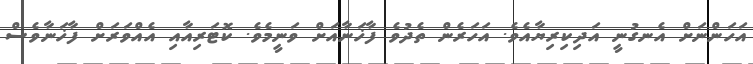
އަހަންނަށް އެނގުނީ އަދިކިރިޔާއެވެ. އަހަރެން ތެދުވެ ފާޚަނާއަށް ވަނީމެވެ. ކޮޓަރިއާއި އެއްވަރަށް ފާޚަނާވެސް